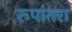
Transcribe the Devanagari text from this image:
रूपांतरा